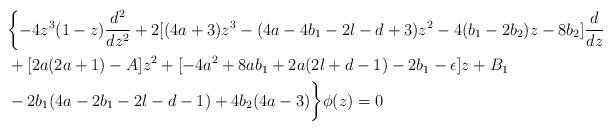
LaTeX: \begin{align*} & \biggl\{-4z^3(1-z) \frac{d^2}{dz^2} + 2[(4a+3)z^3 - (4a-4b_1-2l-d+3)z^2 - 4(b_1-2b_2)z - 8b_2] \frac{d}{dz} \\ & + [2a(2a+1) - A]z^2 + [- 4a^2 + 8ab_1 + 2a(2l+d-1) - 2b_1 - \epsilon]z + B_1 \\ & - 2b_1(4a-2b_1-2l-d-1) + 4b_2(4a-3) \biggr\} \phi(z) = 0\end{align*}